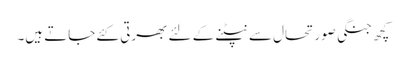
کچھ جنگی صورتحال سے نپٹنے کے لئے بھرتی کئے جاتے ہیں۔